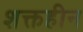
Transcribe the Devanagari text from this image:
शक्तहीन